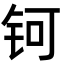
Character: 钶